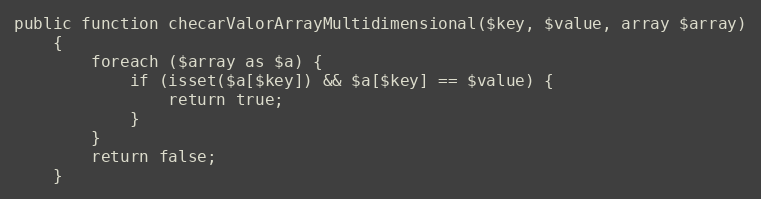
Language: PHP
public function checarValorArrayMultidimensional($key, $value, array $array)
    {
        foreach ($array as $a) {
            if (isset($a[$key]) && $a[$key] == $value) {
                return true;
            }
        }
        return false;
    }